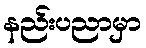
နည်းပညာမှာ